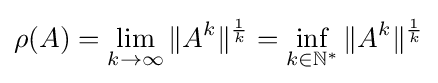
\rho (A)=\lim _{k\to \infty }\|A^{k}\|^{\frac {1}{k}}=\inf _{k\in \mathbb {N} ^{*}}\|A^{k}\|^{\frac {1}{k}}